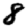
Digit: 8